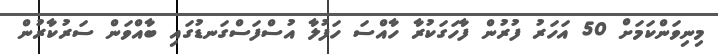
މިނިވަންކަަމަށް 50 އަހަރު ފުރުން ފާހަގަކުރާ ހާއްސަ ހަފުލާ އުސްފަސްްގަނޑުގައި ބާއްވަން ސަރުކާރުން